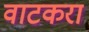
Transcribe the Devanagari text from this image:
वाटकरा